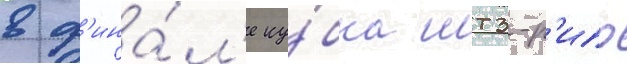
в ф'ина́л'е ку́бка мтз-р'ипо